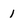
Character: 1